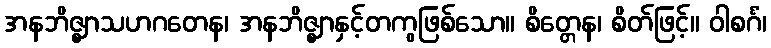
အနဘိဇ္ဈာသဟဂတေန၊ အနဘိဇ္ဈာနှင့်တကွဖြစ်သော။ စိတ္တေန၊ စိတ်ဖြင့်။ ဝါစင်္ဂံ၊